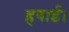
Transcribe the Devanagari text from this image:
हवाई।